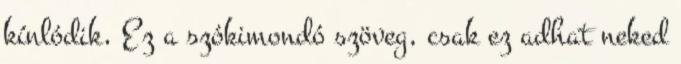
kínlódik, Ez a szókimondó szöveg, csak ez adhat neked